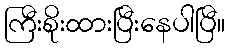
ကြီးစိုးထားပြီးနေပါပြီ။